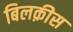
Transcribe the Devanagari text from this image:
बिलक़ीस